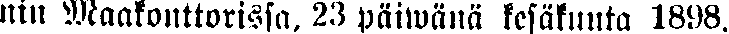
nin Maakouttorissa. 23 päiwänä kesäkuuta 1898.